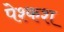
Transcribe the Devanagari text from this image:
पेश्कश